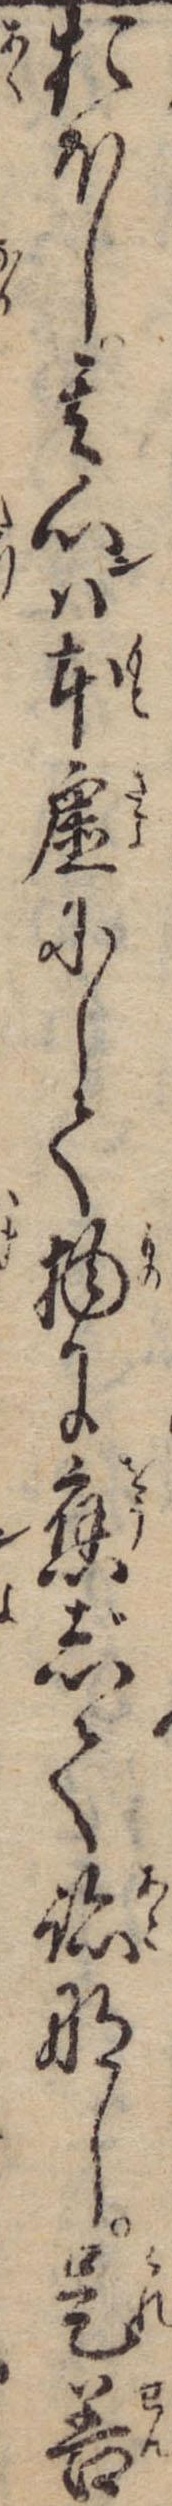
おほし其心ンは本虚にして物に応じて跡なし是善ン